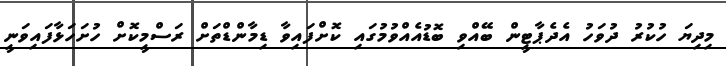
މިދިޔަ ހުކުރު ދުވަހު އެދެޕާޓީން ބޭއްވި ބޮޑުއެއްވުމުގައި ކޮށްފައިވާ ޑިމާންޑްތަށް ރަސްމީކޮށް ހުށަހަޅާފައިވަނީ